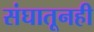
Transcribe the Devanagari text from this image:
संघातूनही